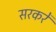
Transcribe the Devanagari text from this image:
सरकरें